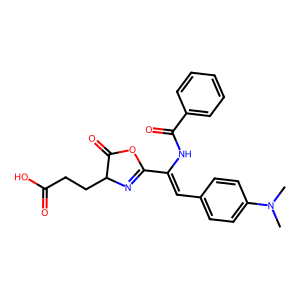
SMILES: CN(C)c1ccc(C=C(NC(=O)c2ccccc2)C2=NC(CCC(=O)O)C(=O)O2)cc1
Inhibits HIV replication: No